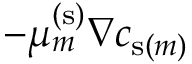
- \mu _ { m } ^ { \mathrm { ( s ) } } \nabla c _ { \mathrm { s } ( m ) }